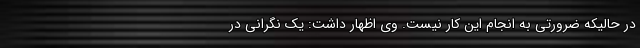
در حالیکه ضرورتی به انجام این کار نیست. وی اظهار داشت: یک نگرانی در